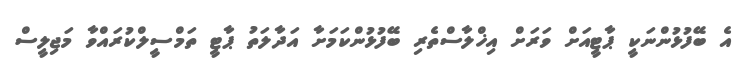
އެ ބޭފުޅުންނަކީ ޕާޓީއަށް ވަރަށް އިޚްލާސްތެރި ބޭފުޅުންކަމަށާ އަދާލަތު ޕާޓީ ތަމްސީލްކުރައްވާ މަޖިލީސް